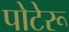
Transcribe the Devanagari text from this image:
पोटेरू